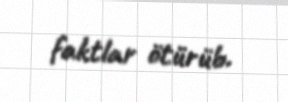
faktlar ötürüb.